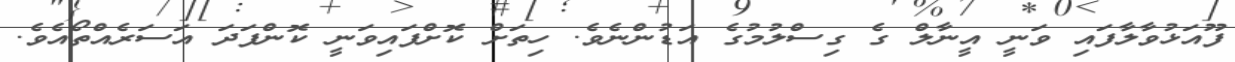
ފޫއަޅުވާލާފައި ވަނީ އީނާލް ގެ ގިސްލުމުގެ އަޑުންނެވެ. ހިތަށް ކޮށްފައިވަނީ ކޮންފަދަ އަސަރެއްތޯއެވެ.